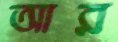
আর